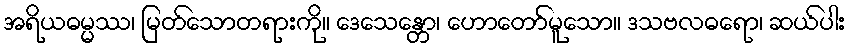
အရိယဓမ္မဿ၊ မြတ်သောတရားကို။ ဒေသေန္တော၊ ဟောတော်မူသော။ ဒသဗလဓရော၊ ဆယ်ပါး